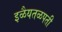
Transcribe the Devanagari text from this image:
इळैयतळपती